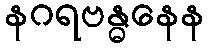
နဂရဗန္ဓနေန